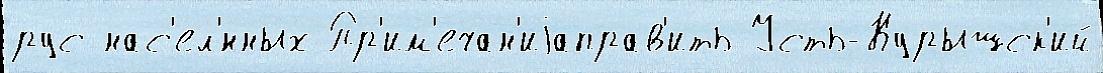
рус нас'ел'́нных Пр'им'ечан'иjаправ'ить Усть-Курышск'ий